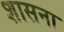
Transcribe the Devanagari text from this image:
शासना